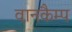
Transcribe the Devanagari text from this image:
वानकैम्प